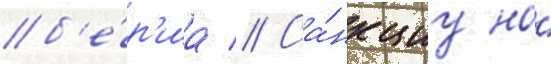
б'е́р'иа // Са́нкциу на́